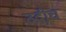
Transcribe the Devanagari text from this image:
उदीच